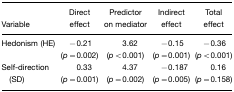
| Variable | Direct effect | Predictor on mediator | Indirect effect | Total effect |
 | --- | --- | --- | --- | --- |
 | Hedonism (HE) | −0.21 | 3.62 | −0.15 | −0.36 |
 |  | (p=0.002) | (p<0.001) | (p=0.001) | (p<0.001) |
 | Self-direction | 0.33 | 4.37 | −0.187 | 0.16 |
 | (SD) | (p=0.001) | (p=0.002) | (p=0.005) | (p=0.158) |